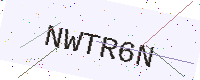
Text: NWTR6N